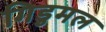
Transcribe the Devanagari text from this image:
गिडुमल